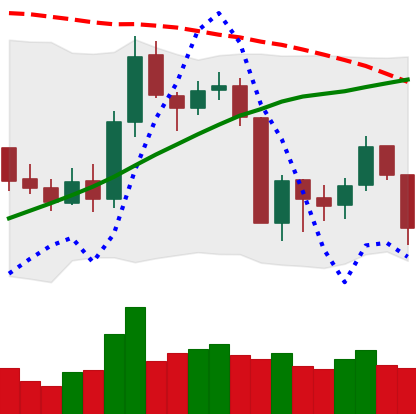
Ticker: BNB-USD
Chart end date: 2019-08-21
Forward return: -3.28%
Label: down_3_5